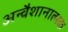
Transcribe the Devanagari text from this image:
अन्वैशानात्मक